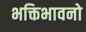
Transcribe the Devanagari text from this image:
भक्तिभावनो